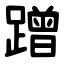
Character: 蹭